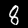
Label: 8